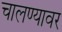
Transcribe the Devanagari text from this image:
चालण्यावर